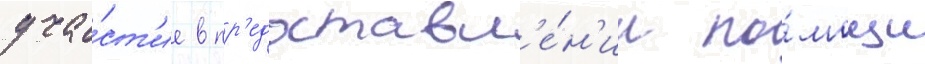
уча́ст'ие в пр'едоставл'е́н'ии по́мощи